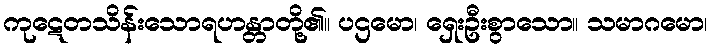
ကုဋေတသိန်းသောရဟန္တာတို့၏။ ပဌမော၊ ရှေးဦးစွာသော။ သမာဂမော၊